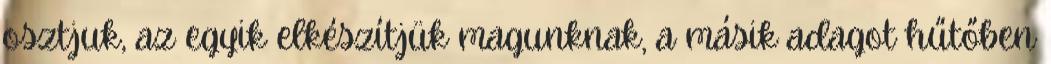
osztjuk, az egyik elkészítjük magunknak, a másik adagot hűtőben